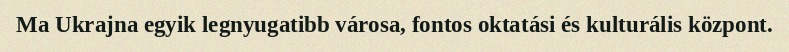
Ma Ukrajna egyik legnyugatibb városa, fontos oktatási és kulturális központ.